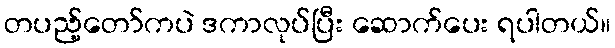
တပည့်တော်ကပဲ ဒကာလုပ်ပြီး ဆောက်ပေး ရပါတယ်။